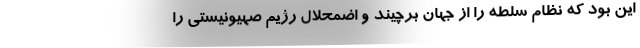
این بود که نظام سلطه را از جهان برچیند و اضمحلال رژیم صهیونیستی را